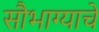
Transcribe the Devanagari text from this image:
सौभाग्याचे